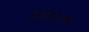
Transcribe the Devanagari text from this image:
साहयक